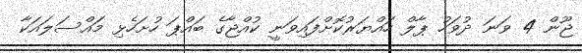
ޖޫން 4 ވަނަ ދުވަހު ޕާލް ހައްޔަރުކޮށްފައިވަނީ ކުއްޖާގެ ބައްޕަ ހުށަހެޅި މައްސަލައަކާ